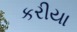
કરીયા